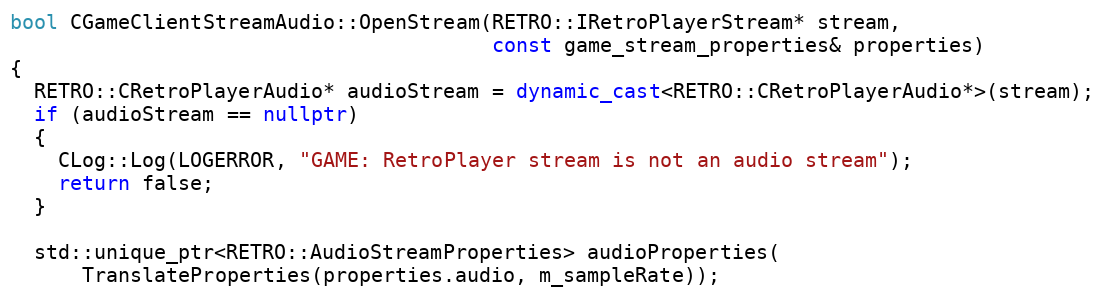
Language: C++
bool CGameClientStreamAudio::OpenStream(RETRO::IRetroPlayerStream* stream,
                                        const game_stream_properties& properties)
{
  RETRO::CRetroPlayerAudio* audioStream = dynamic_cast<RETRO::CRetroPlayerAudio*>(stream);
  if (audioStream == nullptr)
  {
    CLog::Log(LOGERROR, "GAME: RetroPlayer stream is not an audio stream");
    return false;
  }

  std::unique_ptr<RETRO::AudioStreamProperties> audioProperties(
      TranslateProperties(properties.audio, m_sampleRate));